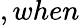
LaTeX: ,when